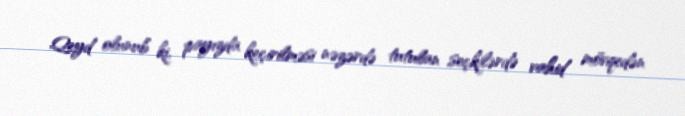
Qeyd olunub ki, payızda keçirilməsi nəzərdə tutulan seçkilərdə vahid mövqedən